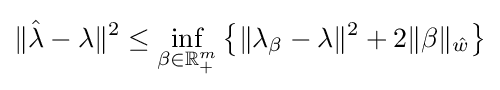
\|{\hat {\lambda }}-\lambda \|^{2}\leq \inf _{\beta \in \mathbb {R} _{+}^{m}}\left\{\|\lambda _{\beta }-\lambda \|^{2}+2\|\beta \|_{\hat {w}}\right\}